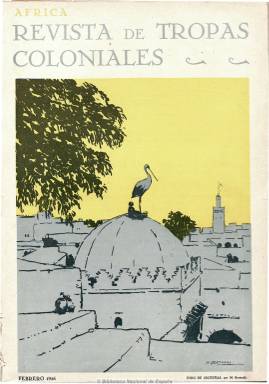
Título: África (Madrid)
Colección: África
Ámbito geográfico: Madrid
Lugar de publicación: Madrid
Fechas: 01/02/1926-01/06/1936

Publicación continuadora de la Revista de tropas coloniales (título este que pasa a ser el subtítulo) que fundara en Ceuta, en enero de 1924, el general Gonzalo Queipo de Llano (1875-1951), junto al entonces teniente coronel Francisco Franco (1892-1975), que desde enero del año siguiente venía apareciendo como su director, además de uno de sus articulistas. El nuevo título lo adopta en febrero de 1926, continuando la numeración del predecesor, y manteniendo asimismo la misma estructura formal y la naturaleza de sus contenidos, tanto por sus textos como por sus destacadas y bellísimas ilustraciones, como “propagadora de estudios hispano-africanos”. El nuevo título aparecerá tímidamente reducido en su cubierta, hasta que en enero de 1927 –en su tercer año de publicación- adquiere tipográficamente relieve, manteniendo al mismo tiempo el subtítulo “revista de tropas coloniales”.

Ya en 1925, cuando Franco había sido promovido al empleo de general de brigada por “méritos de campaña”, había puesto a disposición su cargo de director de la revista ante la posibilidad de ser destinado por el Gobierno a algún territorio de la península, pero tales circunstancias no impidieron a Franco seguir desempeñado “tan acertada y brillantemente como hasta el presente la dirección y orientación” de la revista, y continuará apareciendo nominalmente como su director hasta enero de 1929, reapareciendo posteriormente como tal en otro periodo de la misma.

La revista seguirá siendo el órgano orientador del militarismo africanista que había anidado en el Protectorado español en Marruecos y que había roto drásticamente con el anterior africanismo español de la Restauración, y cuyo grupo formará el grueso de jefes y oficiales conspiradores que más tarde convergerán en el golpe de Estado del 18 de julio de 1936. El director artístico y principal autor de las bellísimas ilustraciones (dibujos y acuarelas) tanto de sus cubiertas –estampadas a varias tintas- como en su interior sigue siendo el pintor granadino Mariano Bertuchi (1884-1955). Como redactor jefe y otro de sus principales articulistas aparece Antonio Martín de la Escalera; como secretario de redacción, J. Ortega Costa, y como administrador, J. María Miró Bernat. Siguen perteneciendo a su cuerpo de redacción Tomás García Figueras, Enrique Arques, Clemente Cerdeira, Cándido Lobera, Andrés Allendesalazar, Fermín Villalta, Rodolfo Gil (Amor Benomar) o F. Hernández Mir, junto a articulistas como Julio Mena Zueco, Juan Santillana, Francisco Sureda Blanes, J.M. Vizcaíno, M. Álvarez Salamanca, C. López Castillejos, Gonzalo de Reparaz, Humberto F. Cortaceros Henares, Pedro Villacañas, Andrés Sánchez Pérez, J. Eugenio Ribera, César Voyer Méndez, Rafael Fernández de Castro, Joaquín Mas y Guindal, José Asensio Torrado, Santos Fernández, Rafael Candel Vila, J. Carrasco Téllez o Fernando de Carranza, entre otros muchos.

Los artículos que publica son de naturaleza variada, entre los que se incluirán los de carácter puramente militar, como los dedicados a estrategia y operaciones militares o los de carácter histórico-militar, junto a los dedicados a divulgar la historia, economía, cultura, sociedad, costumbres o geografía de las distintas zonas y ciudades marroquíes. Mantiene también secciones como la Revista de libros, La España musulmana, Marruecos pintoresco y Marruecos artístico, y muchos de sus números serán iniciados con una serie bajo el título El Estrecho de Gibraltar, episodios principales de una tragedia histórica, que escribe Gonzalo de Reparaz.

Destacan también las bellas ilustraciones que acompañan a los textos, dibujos y acuarelas del ya citado Bertuchi, junto a otras de Carlos Miciano, J. Pitarch, F. Ramos, L. Meléndez, Sáinz de la Maza, M. Benitah y Blanco, Antonio Got, A.M. Ferreres, entre otros. Destacan asimismo el gran número de fotografías que publica, como las de Bartolomé Ros (1906-1974), Palacios, Fraglia, Calatayud, Carbonell, Patiño, Torres Molina o Perera, entre otros muchos fotógrafos, de vistas, paisajes, edificios, costumbres, pintoresquismo y ciudades marroquíes, además de las que inserta sobre monumentos y edificios árabes españoles de ciudades como Granada, Sevilla o Toledo, y de tropas y retratos de jefes del ejército español en el Protectorado, todas ellas originales. Además de mapas y croquis.

La revista, como publicación de estudios hispano-marroquíes y africanos, continuó siendo estampada por la ceutí Editorial Hércules, indicado después que salía de talleres propios: Imprenta Tropas Coloniales. La dirección de su redacción y administración era un apartado de correos, contando, asimismo, con teléfono. El número 138 es el último de la colección, correspondiente a junio de 1936, cuando Franco hacía tiempo que había dejado de aparecer en la cabecera como director de una revista de la que se ha escrito que sus principales sustentadores fueron los generales africanistas e intervencionistas Queipo, Millán Astray y, especialmente, de quien pocos meses después asumirá la jefatura del Estado español, tras el golpe militar del 18 de julio de 1936. La publicación dejará de publicarse durante la guerra civil, para reaparecer en Madrid como publicación oficial en 1942, y seguir siendo editada mensualmente, a partir de 1945, por el Instituto de Estudios Africanos, adscrito al Consejo Superior de Investigaciones Científicas (CSIC), bajo la dirección del director general de Marruecos y Colonias, el general José Díaz Villegas, hasta su desaparición en 1978.